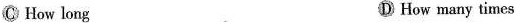
C How long D How many times